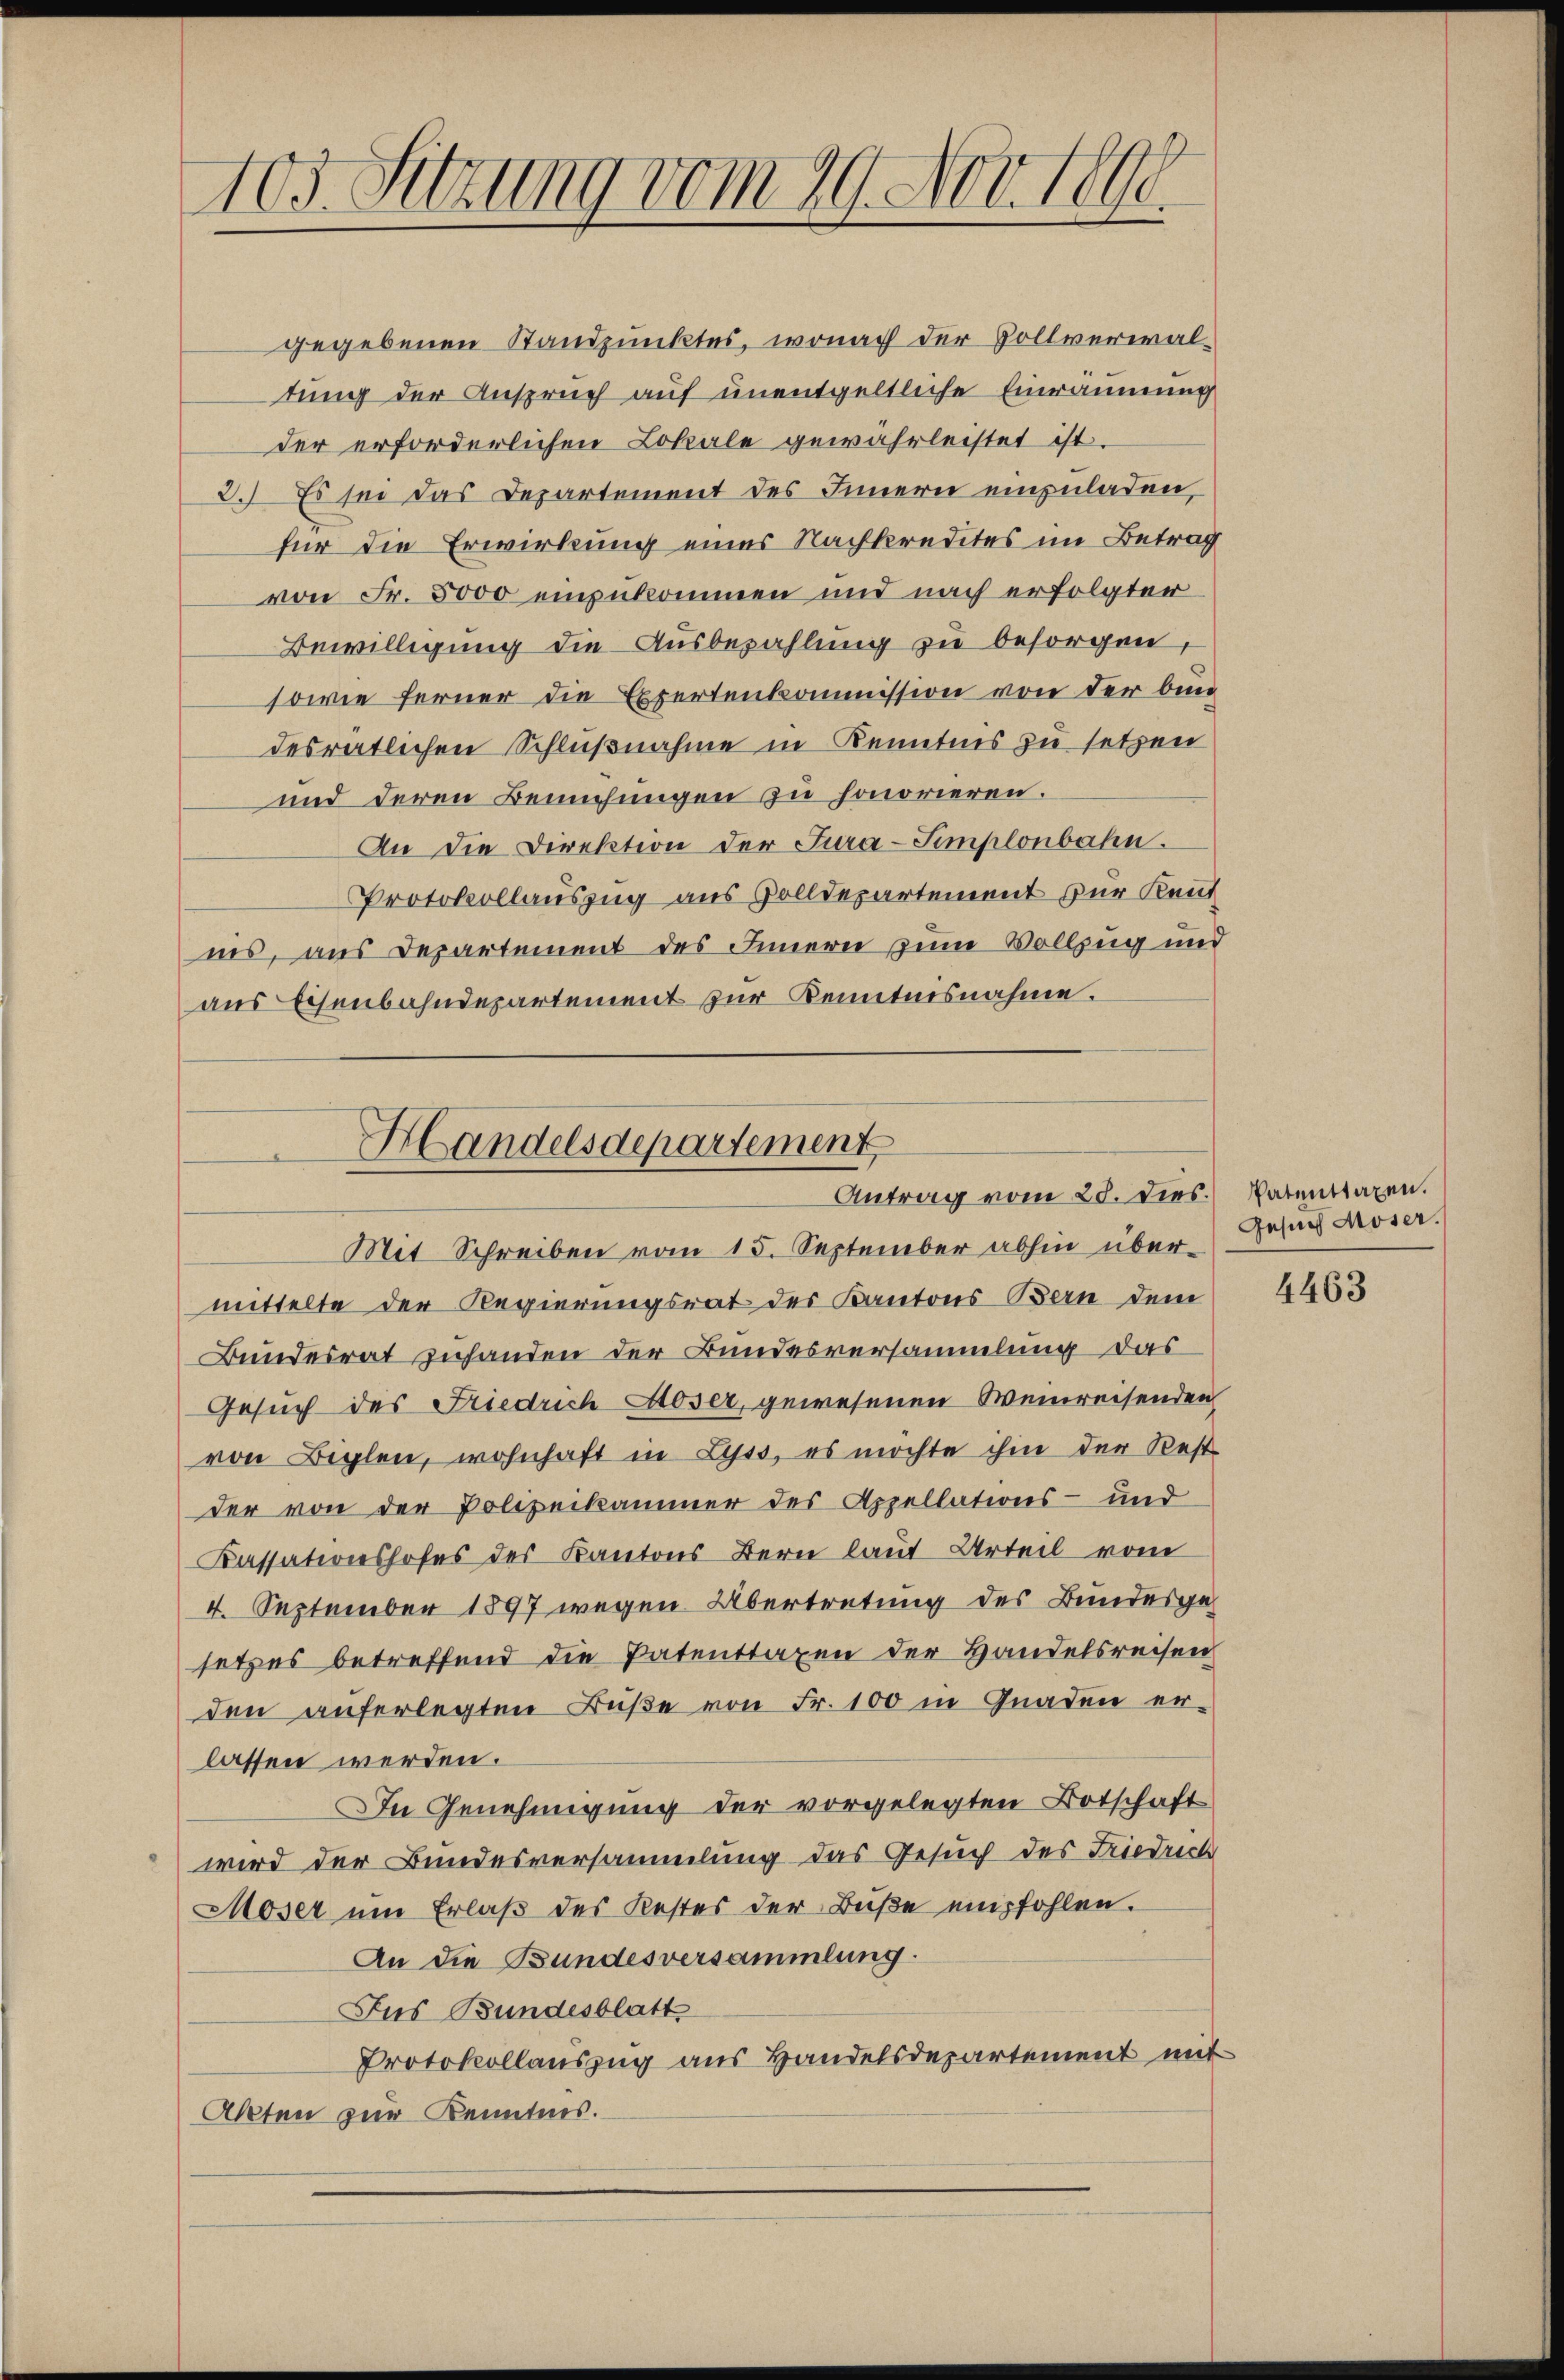
103. Sitzung vom 29. Nov. 1890.

gegebenen Standpunktes, wonach der Vollverwaltung der Anspruch auf unentgeltliche Einräumung
der erforderlichen Lokale gewährleistet ist.
2.) Es sei das Departement des Innern einzuladen,
für die Erwirkung eines Nachkredites im Betrag
von Fr. 5000 einzukommen und nach erfolgter
Bewilligung die Ausbezahlung zu besorgen
sowie ferner die Expertenkommission von der bin
desrätlichen Schlußnahme in Kenntnis zu setzen
und deren Bemühungen zu honorieren.
An die Direktion der Jura-Simplonbahn.
Protokollauszug aus Zolldepartement zur Kent
ins, aus Departement des Innern zum Vollzug und
aus Eisenbahndepartement zur Kenntnisnahme.

Handelsdepartement
Antrag vom 28. dies.
Mit Schreiben vom 15. September abhin über-

mittelte der Regierungsrat des Kantons Bern dem
Bundesrat zuhanden der Bundesversammlung das
Gesuch des Friedrich Moser, gewesenen Weinreisenden
von Beglen, wohnhaft in Lyss, es möchte ihm der Rest
der von der Polizeikammer des Appellations- und
Kassationshofes des Kantons Bern laut Urteil vom
4. September 1897 wegen Übertretung des Bundesgesetzes betreffend die Patenttaxen der Handelsreisen
den auferlegten Buße von Fr. 100 in Gnaden er-
lassen werden.
In Genehmigung der vorgelegten Botschaft
wird der Bundesversammlung das Gesuch des Friedrich
Moser um Erlaβ des Restes der Bŭβe empfohlen.
An die Bundesversammlung.
Jus Bundesblatt
Protokollauszug aus Handelsdepartement mit
Akten zur Kenntnis.

Patenttaxen.
Gesuch Moser.

4463